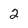
Character: 2